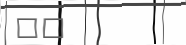
١٩